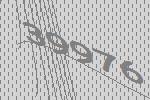
39976